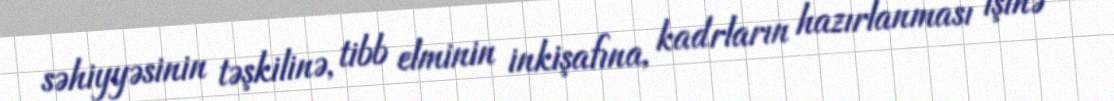
səhiyyəsinin təşkilinə, tibb elminin inkişafına, kadrların hazırlanması işinə